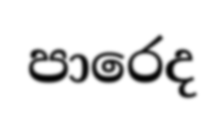
පාරෙද